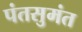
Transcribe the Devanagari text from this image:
पंतसुमंत